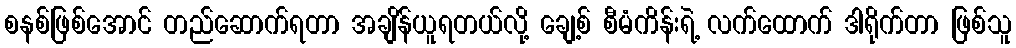
စနစ်ဖြစ်အောင် တည်ဆောက်ရတာ အချိန်ယူရတယ်လို့ ချေ့စ် စီမံကိန်းရဲ့ လက်ထောက် ဒါရိုက်တာ ဖြစ်သူ